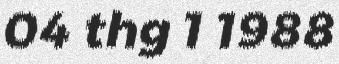
04 thg 1 1988